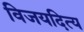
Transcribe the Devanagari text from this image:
विजयदित्य